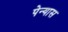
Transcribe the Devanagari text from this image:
पेन्यास